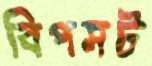
বিপসট